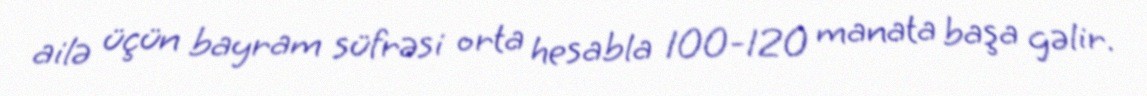
ailə üçün bayram süfrəsi orta hesabla 100-120 manata başa gəlir.